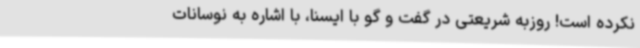
نکرده است! روزبه شریعتی در گفت و گو با ایسنا، با اشاره به نوسانات